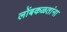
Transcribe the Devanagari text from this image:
लोंबकळतांना